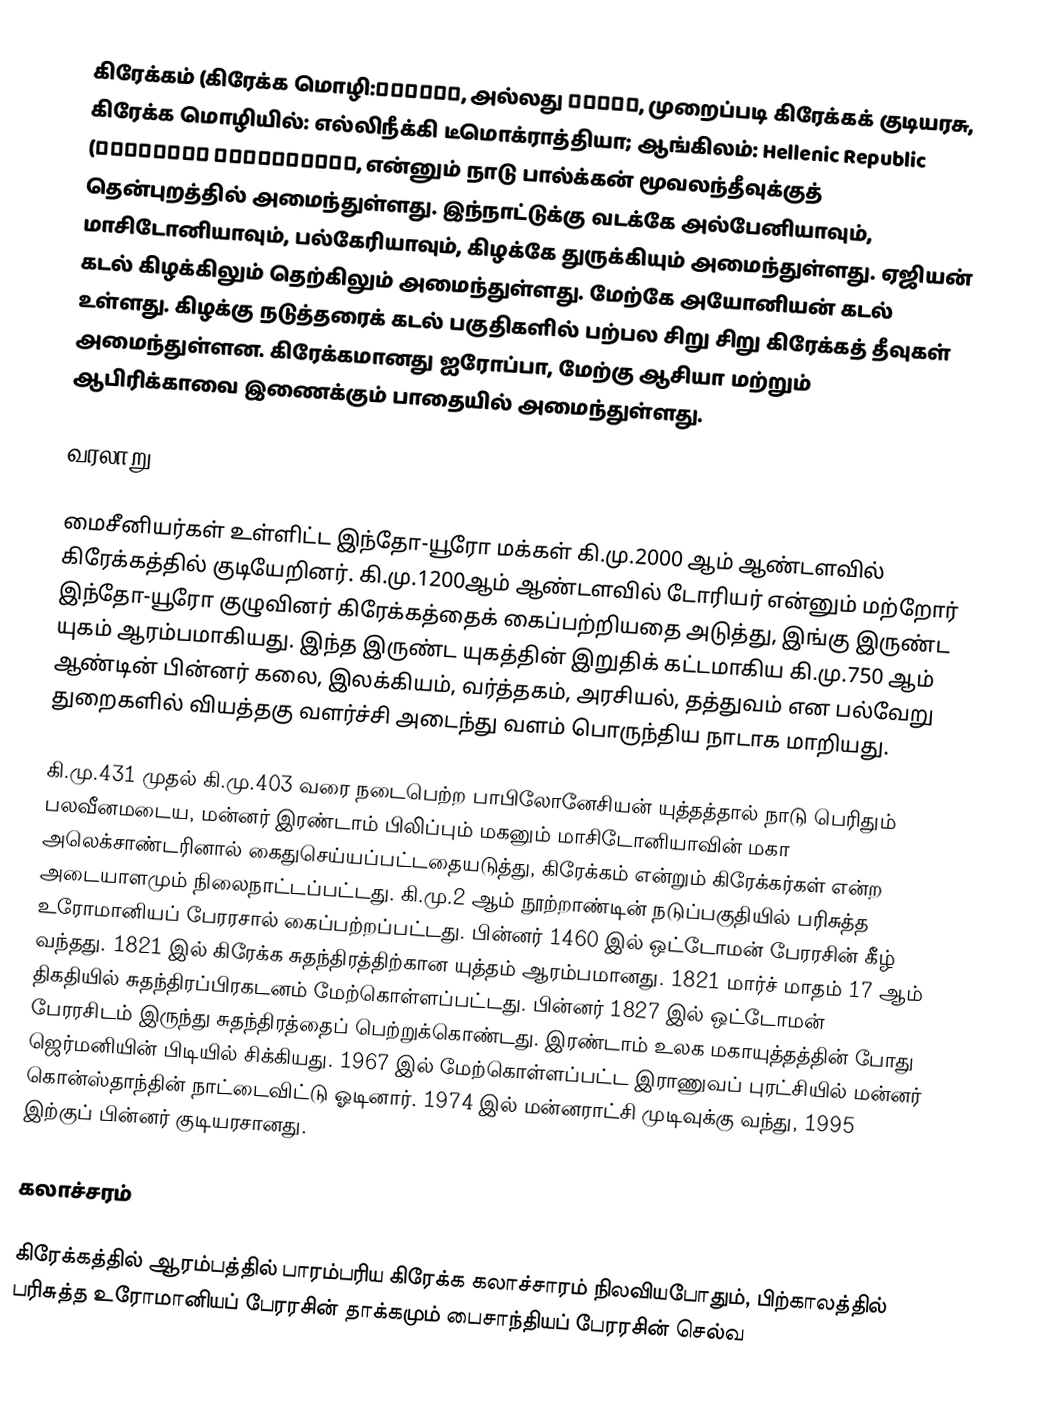
கிரேக்கம் (கிரேக்க மொழி:Ελλάδα, அல்லது Ελλάς, முறைப்படி கிரேக்கக் குடியரசு, கிரேக்க மொழியில்: எல்லிநீக்கி டீமொக்ராத்தியா; ஆங்கிலம்: Hellenic Republic (Ελληνική Δημοκρατία, என்னும் நாடு பால்க்கன் மூவலந்தீவுக்குத் தென்புறத்தில் அமைந்துள்ளது. இந்நாட்டுக்கு வடக்கே அல்பேனியாவும், மாசிடோனியாவும், பல்கேரியாவும், கிழக்கே துருக்கியும் அமைந்துள்ளது. ஏஜியன் கடல் கிழக்கிலும் தெற்கிலும் அமைந்துள்ளது. மேற்கே அயோனியன் கடல் உள்ளது. கிழக்கு நடுத்தரைக் கடல் பகுதிகளில் பற்பல சிறு சிறு கிரேக்கத் தீவுகள் அமைந்துள்ளன. கிரேக்கமானது ஐரோப்பா, மேற்கு ஆசியா மற்றும் ஆபிரிக்காவை இணைக்கும் பாதையில் அமைந்துள்ளது.

வரலாறு

மைசீனியர்கள் உள்ளிட்ட இந்தோ-யூரோ மக்கள் கி.மு.2000 ஆம் ஆண்டளவில் கிரேக்கத்தில் குடியேறினர். கி.மு.1200ஆம் ஆண்டளவில் டோரியர் என்னும் மற்றோர் இந்தோ-யூரோ குழுவினர் கிரேக்கத்தைக் கைப்பற்றியதை அடுத்து, இங்கு இருண்ட யுகம் ஆரம்பமாகியது. இந்த இருண்ட யுகத்தின் இறுதிக் கட்டமாகிய கி.மு.750 ஆம் ஆண்டின் பின்னர் கலை, இலக்கியம், வர்த்தகம், அரசியல், தத்துவம் என பல்வேறு துறைகளில் வியத்தகு வளர்ச்சி அடைந்து வளம் பொருந்திய நாடாக மாறியது.

கி.மு.431 முதல் கி.மு.403 வரை நடைபெற்ற பாபிலோனேசியன் யுத்தத்தால் நாடு பெரிதும் பலவீனமடைய, மன்னர் இரண்டாம் பிலிப்பும் மகனும் மாசிடோனியாவின் மகா அலெக்சாண்டரினால் கைதுசெய்யப்பட்டதையடுத்து, கிரேக்கம் என்றும் கிரேக்கர்கள் என்ற அடையாளமும் நிலைநாட்டப்பட்டது. கி.மு.2 ஆம் நூற்றாண்டின் நடுப்பகுதியில் பரிசுத்த உரோமானியப் பேரரசால் கைப்பற்றப்பட்டது. பின்னர் 1460 இல் ஒட்டோமன் பேரரசின் கீழ் வந்தது. 1821 இல் கிரேக்க சுதந்திரத்திற்கான யுத்தம் ஆரம்பமானது. 1821 மார்ச் மாதம் 17 ஆம் திகதியில் சுதந்திரப்பிரகடனம் மேற்கொள்ளப்பட்டது. பின்னர் 1827 இல் ஒட்டோமன் பேரரசிடம் இருந்து சுதந்திரத்தைப் பெற்றுக்கொண்டது. இரண்டாம் உலக மகாயுத்தத்தின் போது ஜெர்மனியின் பிடியில் சிக்கியது. 1967 இல் மேற்கொள்ளப்பட்ட இராணுவப் புரட்சியில் மன்னர் கொன்ஸ்தாந்தின் நாட்டைவிட்டு ஓடினார். 1974 இல் மன்னராட்சி முடிவுக்கு வந்து, 1995 இற்குப் பின்னர் குடியரசானது.

கலாச்சரம்

கிரேக்கத்தில் ஆரம்பத்தில் பாரம்பரிய கிரேக்க கலாச்சாரம் நிலவியபோதும், பிற்காலத்தில் பரிசுத்த உரோமானியப் பேரரசின் தாக்கமும் பைசாந்தியப் பேரரசின் செல்வ